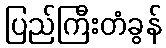
ပြည်ကြီးတံခွန်